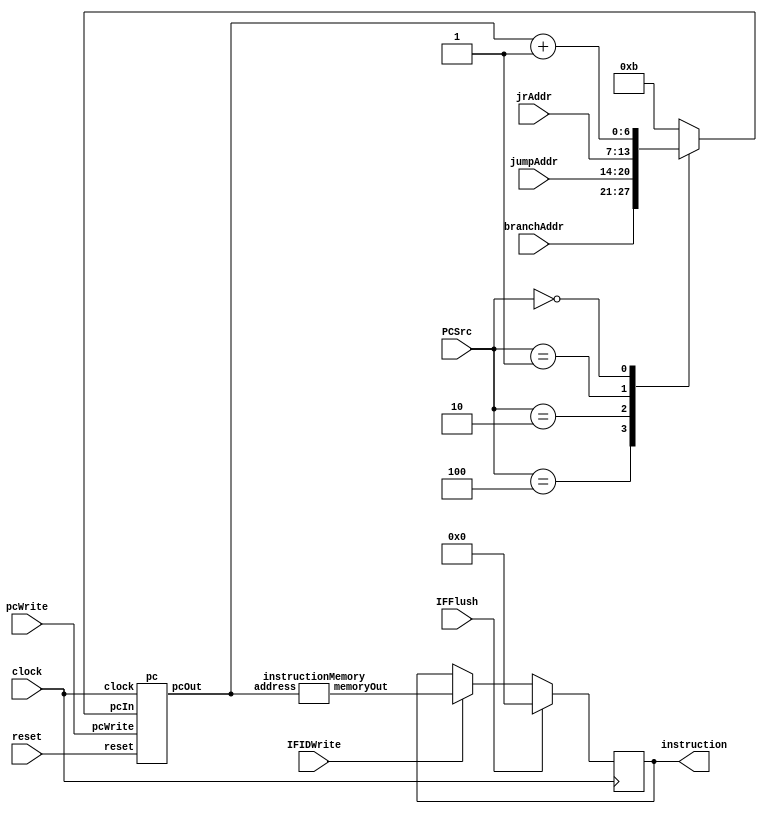
// this has been tested and it works, but we need to look at the timing together 6:15pm 6/4 - David

// Includes the IF/ID register.
// Instruction memory is loaded with an initial block
// Instructions are chosen with the PC address which can be:
// jump address, jump register address, branch address, and the sequential address (see case statement)
// Inputs from the Hazard detection can stall the PC and IFID registers and put all zeros into IFID
module fetch (instruction, PCSrc, clock, reset, jumpAddr, jrAddr, branchAddr, pcWrite, IFFlush, IFIDWrite);
	output reg [31:0] instruction;
	input clock, reset; // reset doesn't do anything right now...
	input [2:0] PCSrc; // one-hot encoded mux control to PC choosing between j, jr, and branch
	input pcWrite; // enables writing to the PC for hazard control (stalling)
	input IFIDWrite; // enables writing to the pipeline register for stalling
	input IFFlush; // signal to flush the IF/ID pipeline register
	input [6:0] jumpAddr, jrAddr, branchAddr;
	reg [6:0] pcIn;
	wire [6:0] pcOut;
	wire [31:0] memoryOut;
	reg [6:0] plusOne;
	
	
	always @(*) begin
		plusOne = pcOut + 1;
		case(PCSrc)
			3'b100: pcIn = branchAddr;
			3'b010: pcIn = jumpAddr;
			3'b001: pcIn = jrAddr;
			3'b000: pcIn = plusOne;
			default: pcIn = 11;
		endcase
	end
	
	pc programCounter(pcWrite, pcIn, pcOut, clock, reset);
	instructionMemory instructionMemory1(pcOut, memoryOut);
	
	always @(posedge clock) begin
		if (IFFlush) begin
			instruction <= 32'b0;
		end else if (IFIDWrite) begin
			instruction <= memoryOut;
		end else begin
			instruction <= instruction;
		end
	end
endmodule

module pc(pcWrite, pcIn, pcOut, clock, reset);
	input clock, reset;
	input pcWrite; // used to freeze the PC address for hazard control
	input [6:0] pcIn; // instruction address
	output reg [6:0] pcOut;
	
	always @(posedge clock) begin
		if (reset) begin
			pcOut <= 0;
		end else if (pcWrite) begin
			pcOut <= pcIn;
		end else begin
			pcOut <= pcOut;
		end
	end
endmodule

module instructionMemory(address, memoryOut);
	input [6:0] address;
	output [31:0] memoryOut;
	reg [31:0] memory [127:0];
	
	assign memoryOut = memory[address[6:0]][31:0];
	
	integer i;
	initial begin
		// load instructions into memory
		memory[0][31:0] = 32'b	00000000000000000000000000000000;
		memory[1][31:0] = 32'b  100011_00100_000000000000000000000;
		memory[2][31:0] = 32'b  100011_00101_000000000000000000001;
		memory[3][31:0] = 32'b  100011_00101_000000000000000000001;
		memory[4][31:0] = 32'b  100010_00110_00100_00101_00000_100010;
		memory[5][31:0] = 32'b  001000_00111_00000_0000000000000011;
		memory[6][31:0] = 32'b  000111_00111_00110_0000000000001011;
		memory[7][31:0] = 32'b  100011_01000_000000000000000000010;
		memory[8][31:0] = 32'b  000000_01000_01000_0000000000000011;
		memory[9][31:0] = 32'b  101011_01000_000000000000000000010;
		memory[10][31:0] = 32'b 001000_00111_00000_0000000000000111;
		memory[11][31:0] = 32'b 101011_00111_000000000000000000011;
		memory[12][31:0] = 32'b 100011_01010_000000000000000000110;
		memory[13][31:0] = 32'b 100011_01011_000000000000000000100;
		memory[14][31:0] = 32'b 100011_01100_000000000000000000011;
		memory[15][31:0] = 32'b 100100_01010_01011_01100_00000100100;
		memory[16][31:0] = 32'b 101011_01010_000000000000000000100;
		memory[17][31:0] = 32'b 000010_00000000000000000000011101;
		memory[18][31:0] = 32'b 100011_01000_000000000000000000010;
		memory[19][31:0] = 32'b 001000_01000_01000_0000000000000100;
		memory[20][31:0] = 32'b 101011_01000_000000000000000000010;
		memory[21][31:0] = 32'b 100011_01001_000000000000000000011;
		memory[22][31:0] = 32'b 100011_01001_01000_0000000000000011;             //Used Subu;
		memory[23][31:0] = 32'b 101011_01001_000000000000000000011;
		memory[24][31:0] = 32'b 100011_01010_000000000000000000110;
		memory[25][31:0] = 32'b 100011_01011_000000000000000000100;
		memory[26][31:0] = 32'b 100011_01100_000000000000000000011;
		memory[27][31:0] = 32'b 100101_01010_01011_01100_00000100101;
		memory[28][31:0] = 32'b 101011_01010_000000000000000000110;
		memory[29][31:0] = 32'b 000010_00000000000000000000011101;
		memory[30][31:0] = 32'b 100000_00100_00100_00101_00000100000;
		memory[31][31:0] = 32'b 101011_00100_000000000000000000000;
		memory[32][31:0] = 32'b 100010_00110_000000000000000000111;
		memory[33][31:0] = 32'b 100110_01010_01010_01011_00000100110;
		memory[33][31:0] = 32'b 100100_01001_01010_00110_00000100100;
		memory[33][31:0] = 32'b 101011_01001_000000000000000000110;
		memory[33][31:0] = 32'b 000010_00000000000000000000010101;
		memory[33][31:0] = 32'b 000010_00000000000000000000010101;
		memory[33][31:0] = 32'b 00000000000000000000000000000000;	
	end
endmodule

/*`define NO_FETCH_TESTBENCH 1
`ifndef NO_FETCH_TESTBENCH
module testbench();
	wire [31:0] instruction;
	wire [2:0] PCSrc;
	wire clock, reset;
	wire [6:0] jumpAddr, jrAddr, branchAddr;
	wire pcWrite, IFFlush;
	
	fetch dut(instruction, PCSrc, clock, reset, jumpAddr, jrAddr, branchAddr, pcWrite, IFFlush, IFIDWrite);
	tester test(instruction, PCSrc, clock, reset, jumpAddr, jrAddr, branchAddr, pcWrite, IFFlush, IFIDWrite);
	
	initial begin
		$dumpfile("fetch.vcd");
		$dumpvars();
	end
endmodule

module tester(instruction, PCSrc, clock, reset, jumpAddr, jrAddr, branchAddr, pcWrite, IFFlush, IFIDWrite);
	input [31:0] instruction;
	output reg [2:0] PCSrc;
	output reg clock, reset;
	output reg [6:0] jumpAddr, jrAddr, branchAddr;
	output reg pcWrite, IFFlush, IFIDWrite;
	integer i;
	
	parameter delay = 10;
	
	initial begin
		// increment through instructions
		clock = 1;
		reset = 1;
		PCSrc = 3'b0;
		pcWrite = 1;
		IFFlush = 0;
		IFIDWrite = 1;
		for (i = 0; i < 4; i = i + 1) begin
			#delay;
			clock = ~clock;
		end
		reset = 0;
		for (i = 0; i < 16; i = i + 1) begin
			#delay;
			clock = ~clock;
		end
		// jump to different places
		PCSrc = 3'b100;
		branchAddr = 1;
		jumpAddr = 4;
		jrAddr = 9;
		for (i = 0; i < 16; i = i + 1) begin
			#delay;
			clock = ~clock;
		end

		PCSrc =  3'b010;
		for (i = 0; i < 16; i = i + 1) begin
			#delay;
			clock = ~clock;
		end

		PCSrc = 3'b001;
		for (i = 0; i < 16; i = i + 1) begin
			#delay;
			clock = ~clock;
		end

		PCSrc = 3'b000;
		for (i = 0; i < 16; i = i + 1) begin
			#delay;
			clock = ~clock;
		end
		// stall
		pcWrite = 0;
		IFIDWrite = 0;
		for (i = 0; i < 16; i = i + 1) begin
			#delay;
			clock = ~clock;
		end
		// flush
		IFFlush = 1;
		PCSrc = 3'b001;
		for (i = 0; i < 16; i = i + 1) begin
			#delay;
			clock = ~clock;
		end
		IFFlush = 0;
		pcWrite = 1;
		for (i = 0; i < 16; i = i + 1) begin
			#delay;
			clock = ~clock;
		end
	end
endmodule
`endif*/